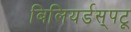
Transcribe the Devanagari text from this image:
बिलियर्डस्‌पटू